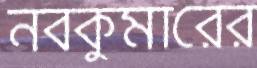
নবকুমারের